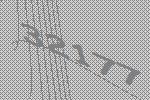
32177